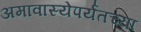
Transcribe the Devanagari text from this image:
अमावास्येपर्यंतच्या